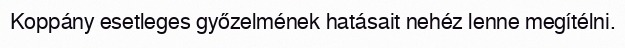
Koppány esetleges győzelmének hatásait nehéz lenne megítélni.